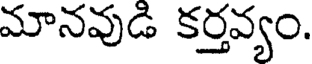
మానవుడి కర్తవ్యం.